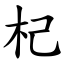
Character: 杞